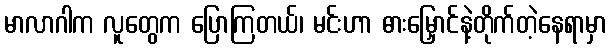
မာလာဂါက လူတွေက ပြောကြတယ်၊ မင်းဟာ ဓားမြှောင်နဲ့တိုက်တဲ့နေရာမှာ